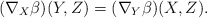
\begin{align*} (\nabla_X\beta)(Y,Z)=(\nabla_Y\beta)(X,Z).\end{align*}